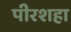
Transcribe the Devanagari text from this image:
पीरशहा